Bulletin of the Pasteur Institute of Southern India, Coonoor - No. 2.
Year: 1909
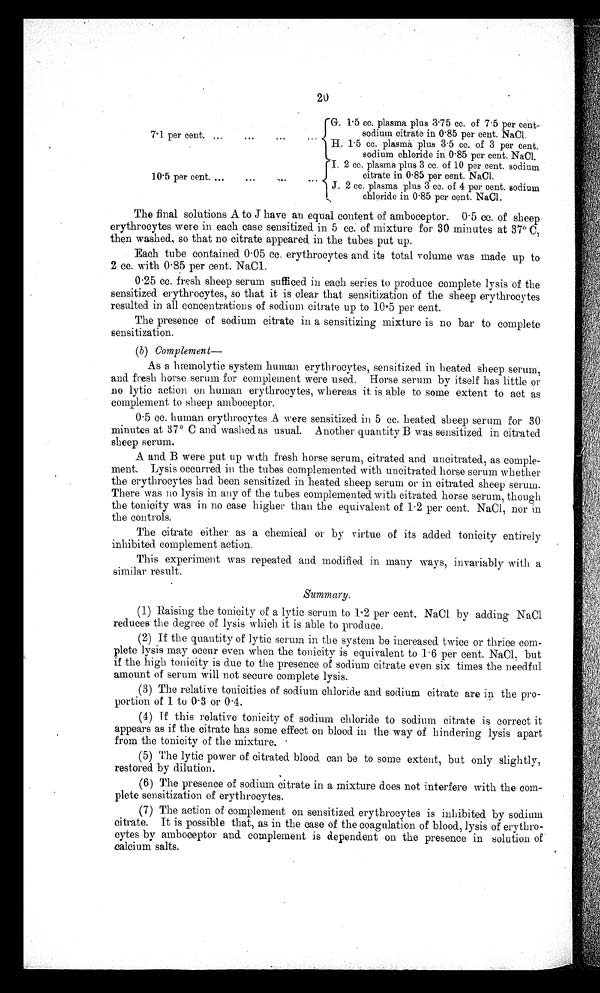
20
7·1 per cent.
G.
1·5 cc. plasma plus 3·75 cc. of 7·5 per cent.
sodium citrate in 0·85 per cent. NaCl.
H.
1·5 cc. plasma plus 3·5 cc. of 3 per cent.
sodium chloride in 0·85 per cent. NaCl.
10·. 5 per cent.
I. 2 cc. plasma, plus 3 cc. of 10 per cent. sodium
citrate in 0·85 per cent. NaCI.
J. 2 cc. plasma plus 3 cc. of 4 per cent. sodium
chloride in 0·85 per cent. NaCl.
The final solutions A to J have an equal content of amboceptor. 0·5 cc. of sheep
erythrocytes were in each case sensitized in 5 cc. of mixture for 30 minutes at 37ºC,
then washed, so that no citrate appeared in the tubes put up.
Each tube contained 0·05 cc. erythrocytes and its total volume was made up to
2 cc. with 0·85 per cent. NaCl.
0·25 cc. fresh sheep serum sufficed in each series to produce complete lysis of the
sensitized erythrocytes, so that it is clear that sensitization of the sheep erythrocytes
resulted in all concentrations of sodium citrate up to 10·5 per cent.
The presence of sodium citrate in a sensitizing mixture is no bar to complete
sensitization.
(b) Complement—
As a hæmolytic system human erythrocytes, sensitized in heated sheep serum,
and fresh horse serum for complement were used. Horse serum by itself has little or
no lytic action on human erythrocytes, whereas it is able to some extent to act as
complement to sheep amboceptor.
0·5 cc. human erythrocytes A were sensitized in 5 cc. heated sheep serum for 30
minutes at 37ºC and washed as usual. Another quantity B was sensitized in citrated
sheep serum.
A and B were put - up with fresh horse serum, citrated and uncitrated, as comple-
ment. Lysis occurred in the tubes complemented with uncitrated horse serum whether
the erythrocytes bad been sensitized in heated sheep serum or in citrated sheep serum.
There was no lysis in any of the tubes complemented with citrated horse serum, though
the tonicity was in no case higher than the equivalent of 1·2 per cent. NaCl, nor in
the controls.
The citrate either as a chemical or by virtue of its added tonicity entirely
inhibited complement action.
This experiment was repeated and modified in many ways, invariably with a
similar result.
Summary.
(1) Raising the tonicity of a lytic serum to 1·2 per cent. NaCl by adding NaCl
reduces the degree of lysis which it is able to produce.
(2) If the quantity of lytic serum in the system be increased twice or thrice com-
plete lysis may occur even when the tonicity is equivalent to 1·6 per cent. NaCl, but
if the high tonicity is due to the presence of sodium citrate even six times the needful
amount of serum will not secure complete lysis.
(3) The relative tonioities of sodium chloride and sodium citrate are in the pro-
portion of 1 to 0·3 or 0·4.
(4) If this relative tonicity of sodium chloride to sodium citrate is correct it
appears as if the citrate has some effect on blood in the way of hindering lysis apart
from the tonicity of the mixture.
(5) The lytic power of citrated blood can be to some extent, but only slightly,
restored by dilution.
(6) The presence of sodium citrate in a mixture does not interfere with the com-
plete sensitization of erythrocytes.
(7) The action of complement on sensitized erythrocytes is inhibited by sodium
citrate. It is possible that, as in the case of the coagulation of blood, lysis of erythro-
cytes by amboceptor and complement is dependent on the presence in solution of
calcium salts.